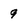
Character: 9